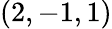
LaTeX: (2,-1,1)